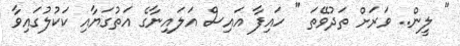
" ލީން.. ވަރަށް ތަދުވޭތަ " ހައިފާ އައިސް އަލައިނާގެ އަތުގަޔާއި ކަކުލުގައިވާ